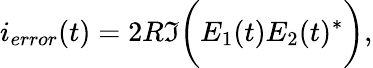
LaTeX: i_{error}(t)=2R\Im\biggl(E_{1}(t)E_{2}(t)^{*}\biggl),